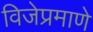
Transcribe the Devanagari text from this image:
विजेप्रमाणे